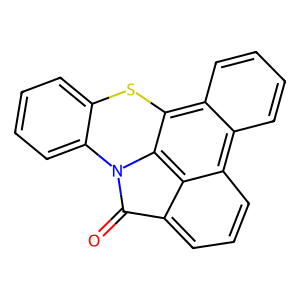
SMILES: O=c1c2cccc3c4ccccc4c4sc5ccccc5n1-c4c23
Inhibits HIV replication: No